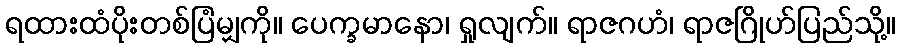
ရထားထံပိုးတစ်ပြံမျှကို။ ပေက္ခမာနော၊ ရှုလျက်။ ရာဇဂဟံ၊ ရာဇဂြိုဟ်ပြည်သို့။